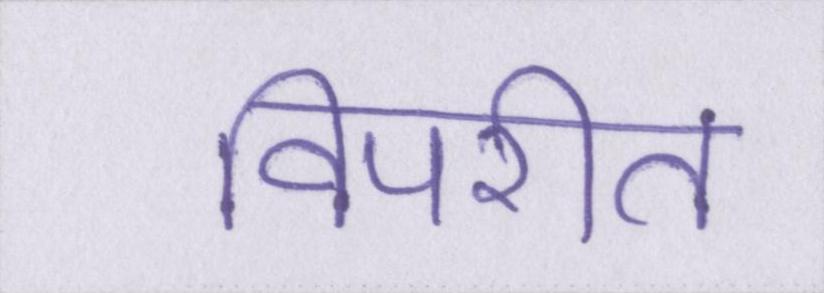
विपरीत